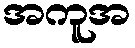
အကူအ